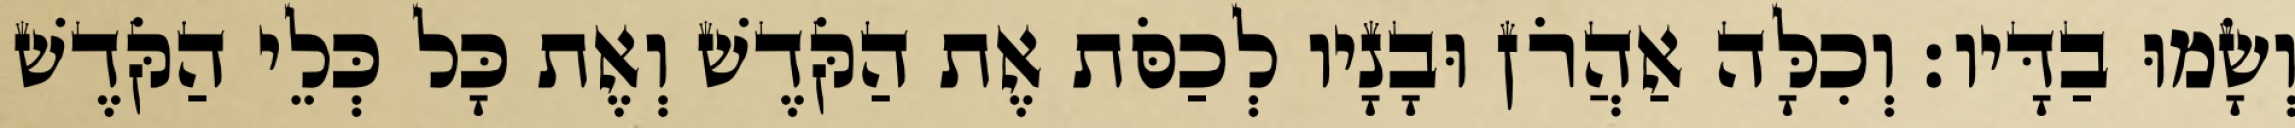
וְשָׂמוּ בַדָּיו׃ וְכִלָּה אַהֲרֹן וּבָנָיו לְכַסֹּת אֶת הַקֹּדֶשׁ וְאֶת כָּל כְּלֵי הַקֹּדֶשׁ